Civil Veterinary Dept. Bombay admin report 1900-1906 - 1900-1906
Year: 1900
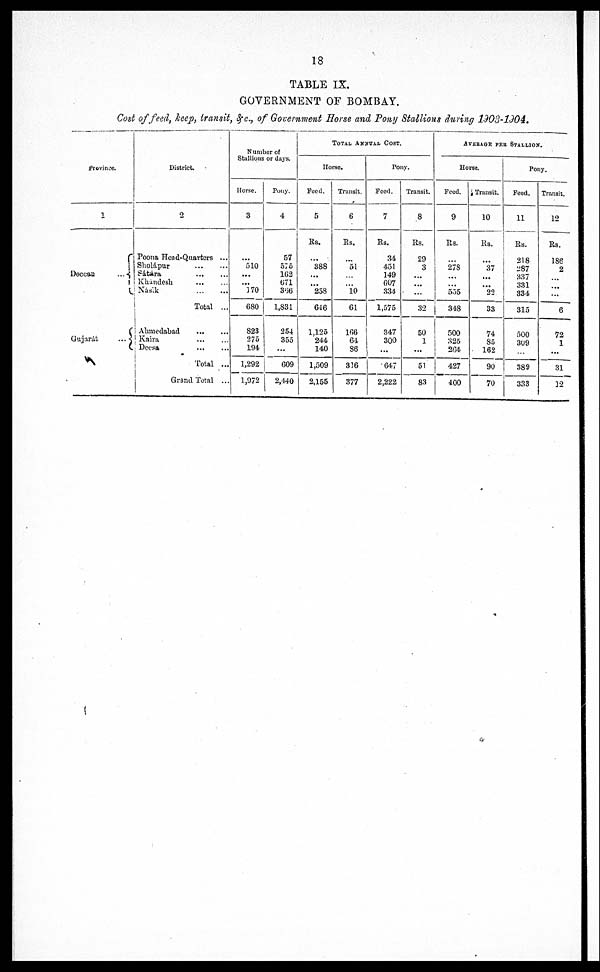
18
TABLE IX.
GOVERNMENT OF BOMBAY.
Cost of feed, keep, transit, &c., of Government Horse and Pony Stallions during 1903-1904.
Province.
1
Deccan
...
Gujarát
...
District.
2
Poona Head-Quarters ...
Sholápur
...
...
Sátára
... ...
Khándesh
...
...
Násik
...
...
Total ...
Ahmedabad
...
...
Kaira
...
...
Deesa
...
...
Total ...
Grand Total ...
Stallions or days.
Horse.
3
...
510
...
...
3 70
680
S23
275
194
1,292
1,972
Pony.
4
57
575
162
071
366
1,831
254
355
...
609
2,440
TOTAL ANNUAL COST.
Horse.
Feed.
5
Rs.
...
388
...
...
258
616
1,125
244
140
1,509
2,155
Transit.
6
Rs.
...
51
...
... 10
61
166
--
86
316
377
Pony.
Feed.
7
Rs.
34
451
149
607
334
1,575
347
300
...
647
2,222
Transit.
8
Rs.
29
3
...
...
...
32
50
1
...
51
83
AVERAGE PER STALLION.
Horse.
Feed.
9
Rs.
...
278
...
...
555
348
500
325
264
427
400
Transit.
10
Rs.
...
37
...
...
22
33
74
85
162
90
70
Pony.
Feed.
11
Rs.
218
287
337
331
334
315
500
399
...
389
333
Transit.
12
Rs.
186
2
...
... ...
6
72
1
...
31
12